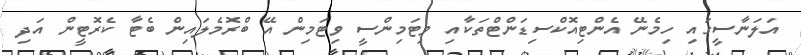
އަލަނާސީގައި ހިމެނޭ އެންޓިއޮކްސިޑަންޓްތަކާއި ވިޓަމިންސީ ވިޓަމިން އޭ ބްރޮމެލައިން ބެޓާ ކެރޮޓީން އަދި